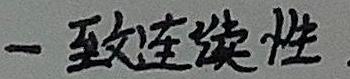
一致连续性